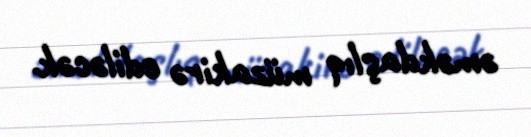
əməkdaşlıq müzakirə ediləcək.